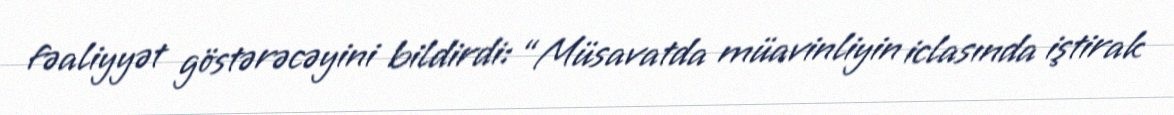
fəaliyyət göstərəcəyini bildirdi: “Müsavatda müavinliyin iclasında iştirak